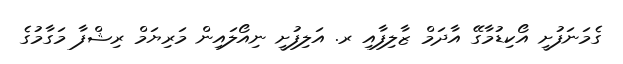
ގެމަނަފުށީ އޯކިޑުމާގޭ އާދަމް ޒާލިފާއި ރ. އަލިފުށީ ނިއޯލައިން މަރިޔަމް ރިޝްފާ މަގާމުގެ